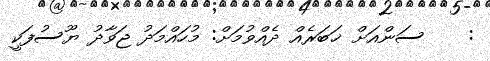
:    ސަންއަށް ޚަބަރެއް ދެއްވުމަށް: މުހައްމަދު ޖަވާދު ޔޫސުފަކީ